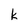
Character: k